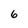
Character: 6